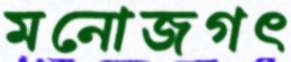
মনোজগৎ